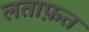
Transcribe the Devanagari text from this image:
लताफ़त